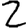
Digit: 2